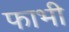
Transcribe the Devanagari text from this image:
फाभी